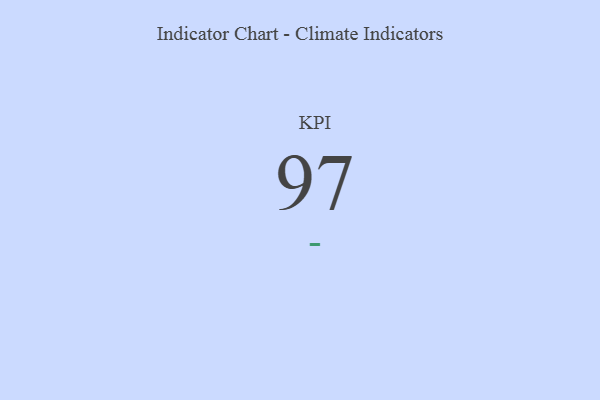
{"axis": {"x": "KPI", "y": "Value"}, "legend": [""], "data": [{"x": "KPI", "y": 97, "type": ""}]}